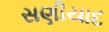
સણીયાદ